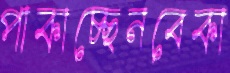
পাকাচ্ছেনবেকা